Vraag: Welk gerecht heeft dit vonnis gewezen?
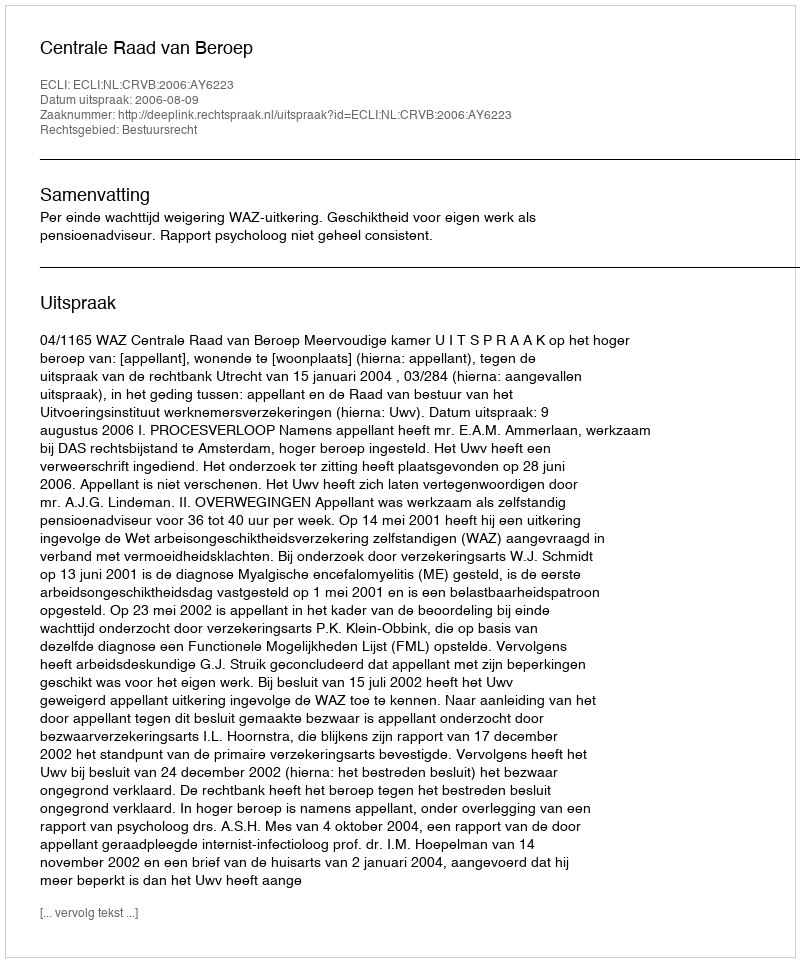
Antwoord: Centrale Raad van Beroep